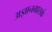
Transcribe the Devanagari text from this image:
अज्ञानग्रासकं